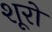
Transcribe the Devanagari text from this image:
शूरों